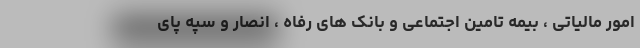
امور مالیاتی ، بیمه تامین اجتماعی و بانک های رفاه ، انصار و سپه پای